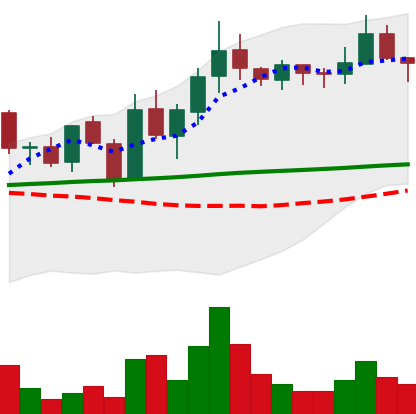
Ticker: LINK-USD
Chart end date: 2019-01-24
Forward return: -9.719%
Label: down_7plus